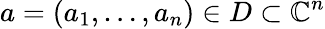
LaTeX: a=(a_{1},\dots,a_{n})\in D\subset\mathbb{C}^{n}